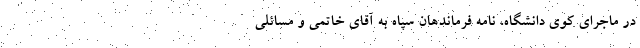
در ماجرای کوی دانشگاه، نامه فرماندهان سپاه به آقای خاتمی و مسائلی